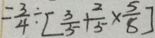
= \frac { 3 } { 4 } \div [ \frac { 3 } { 5 } + \frac { 2 } { 5 } \times \frac { 5 } { 8 } ]